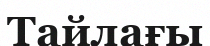
Тайлағы